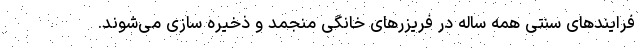
فرایند‌های سنتی همه ساله در فریزرهای خانگی منجمد و ذخیره سازی می‌شوند.